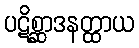
ပဋိစ္ဆာဒနတ္ထာယ